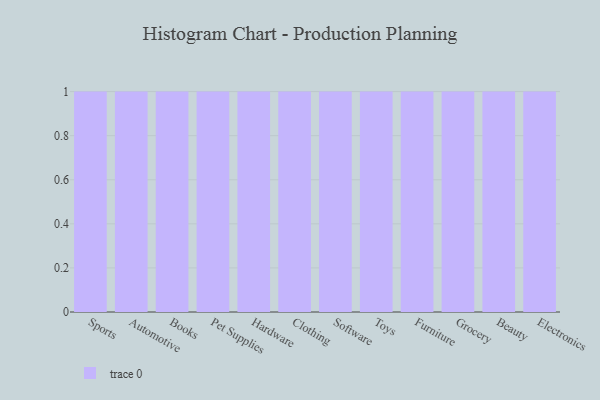
{"axis": {"x": "Category", "y": "Operating Costs (USD K)"}, "legend": [""], "data": [{"x": "Sports", "y": 71, "type": ""}, {"x": "Automotive", "y": 33, "type": ""}, {"x": "Books", "y": 23, "type": ""}, {"x": "Pet Supplies", "y": 18, "type": ""}, {"x": "Hardware", "y": 45, "type": ""}, {"x": "Clothing", "y": 27, "type": ""}, {"x": "Software", "y": 82, "type": ""}, {"x": "Toys", "y": 32, "type": ""}, {"x": "Furniture", "y": 25, "type": ""}, {"x": "Grocery", "y": 79, "type": ""}, {"x": "Beauty", "y": 16, "type": ""}, {"x": "Electronics", "y": 42, "type": ""}]}